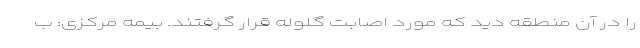
را در آن منطقه دید که مورد اصابت گلوله قرار گرفتند. بیمه مرکزی: ب